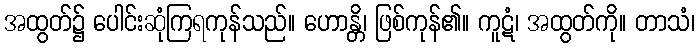
အထွတ်၌ ပေါင်းဆုံကြရကုန်သည်။ ဟောန္တိ၊ ဖြစ်ကုန်၏။ ကူဋံ၊ အထွတ်ကို။ တာသံ၊